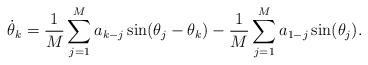
LaTeX: \begin{align*}\dot\theta_k = \frac 1M \sum_{j=1}^M a_{k-j} \sin(\theta_j-\theta_k)-\frac 1M \sum_{j=1}^M a_{1-j} \sin(\theta_j).\end{align*}